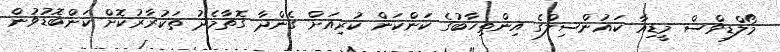
މޯލްޑިވްސް މީޑިއާ ކައުންސިލްގެ އިންތިހާބުގެ ކަންކަން ކުރިއަށް ގެންދާ ގޮތާމެދު ތަކުރާރުކޮށް ކަންބޮޑުވުން